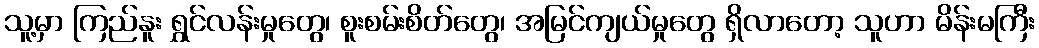
သူ့မှာ ကြည်နူး ရွှင်လန်းမှုတွေ၊ စူးစမ်းစိတ်တွေ၊ အမြင်ကျယ်မှုတွေ ရှိလာတော့ သူဟာ မိန်းမကြီး